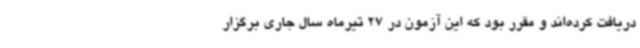
دریافت کرده‌اند و مقرر بود که این آزمون در 27 تیرماه سال جاری برگزار